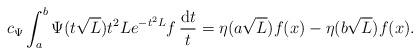
LaTeX: \begin{align*}c_{\Psi}\int_a^b\Psi({t\sqrt{L}})t^2Le^{-t^2L}f \, \frac{{\rm d}t}{t}=\eta(a\sqrt{L})f(x)-\eta(b\sqrt{L})f(x).\end{align*}